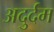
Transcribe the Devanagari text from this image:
अदुर्दम